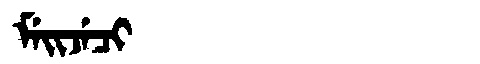
Manchu: ᠮᡝᡳᠵᡝᠴᡳ
Romanization: MEIJECI